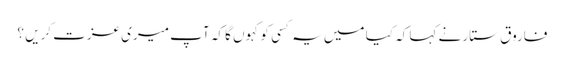
فاروق ستار نے کہا کہ کیا میں یہ کسی کو کہوں گا کہ آپ میری عزت کریں ؟